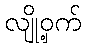
လျို့ဝှက်